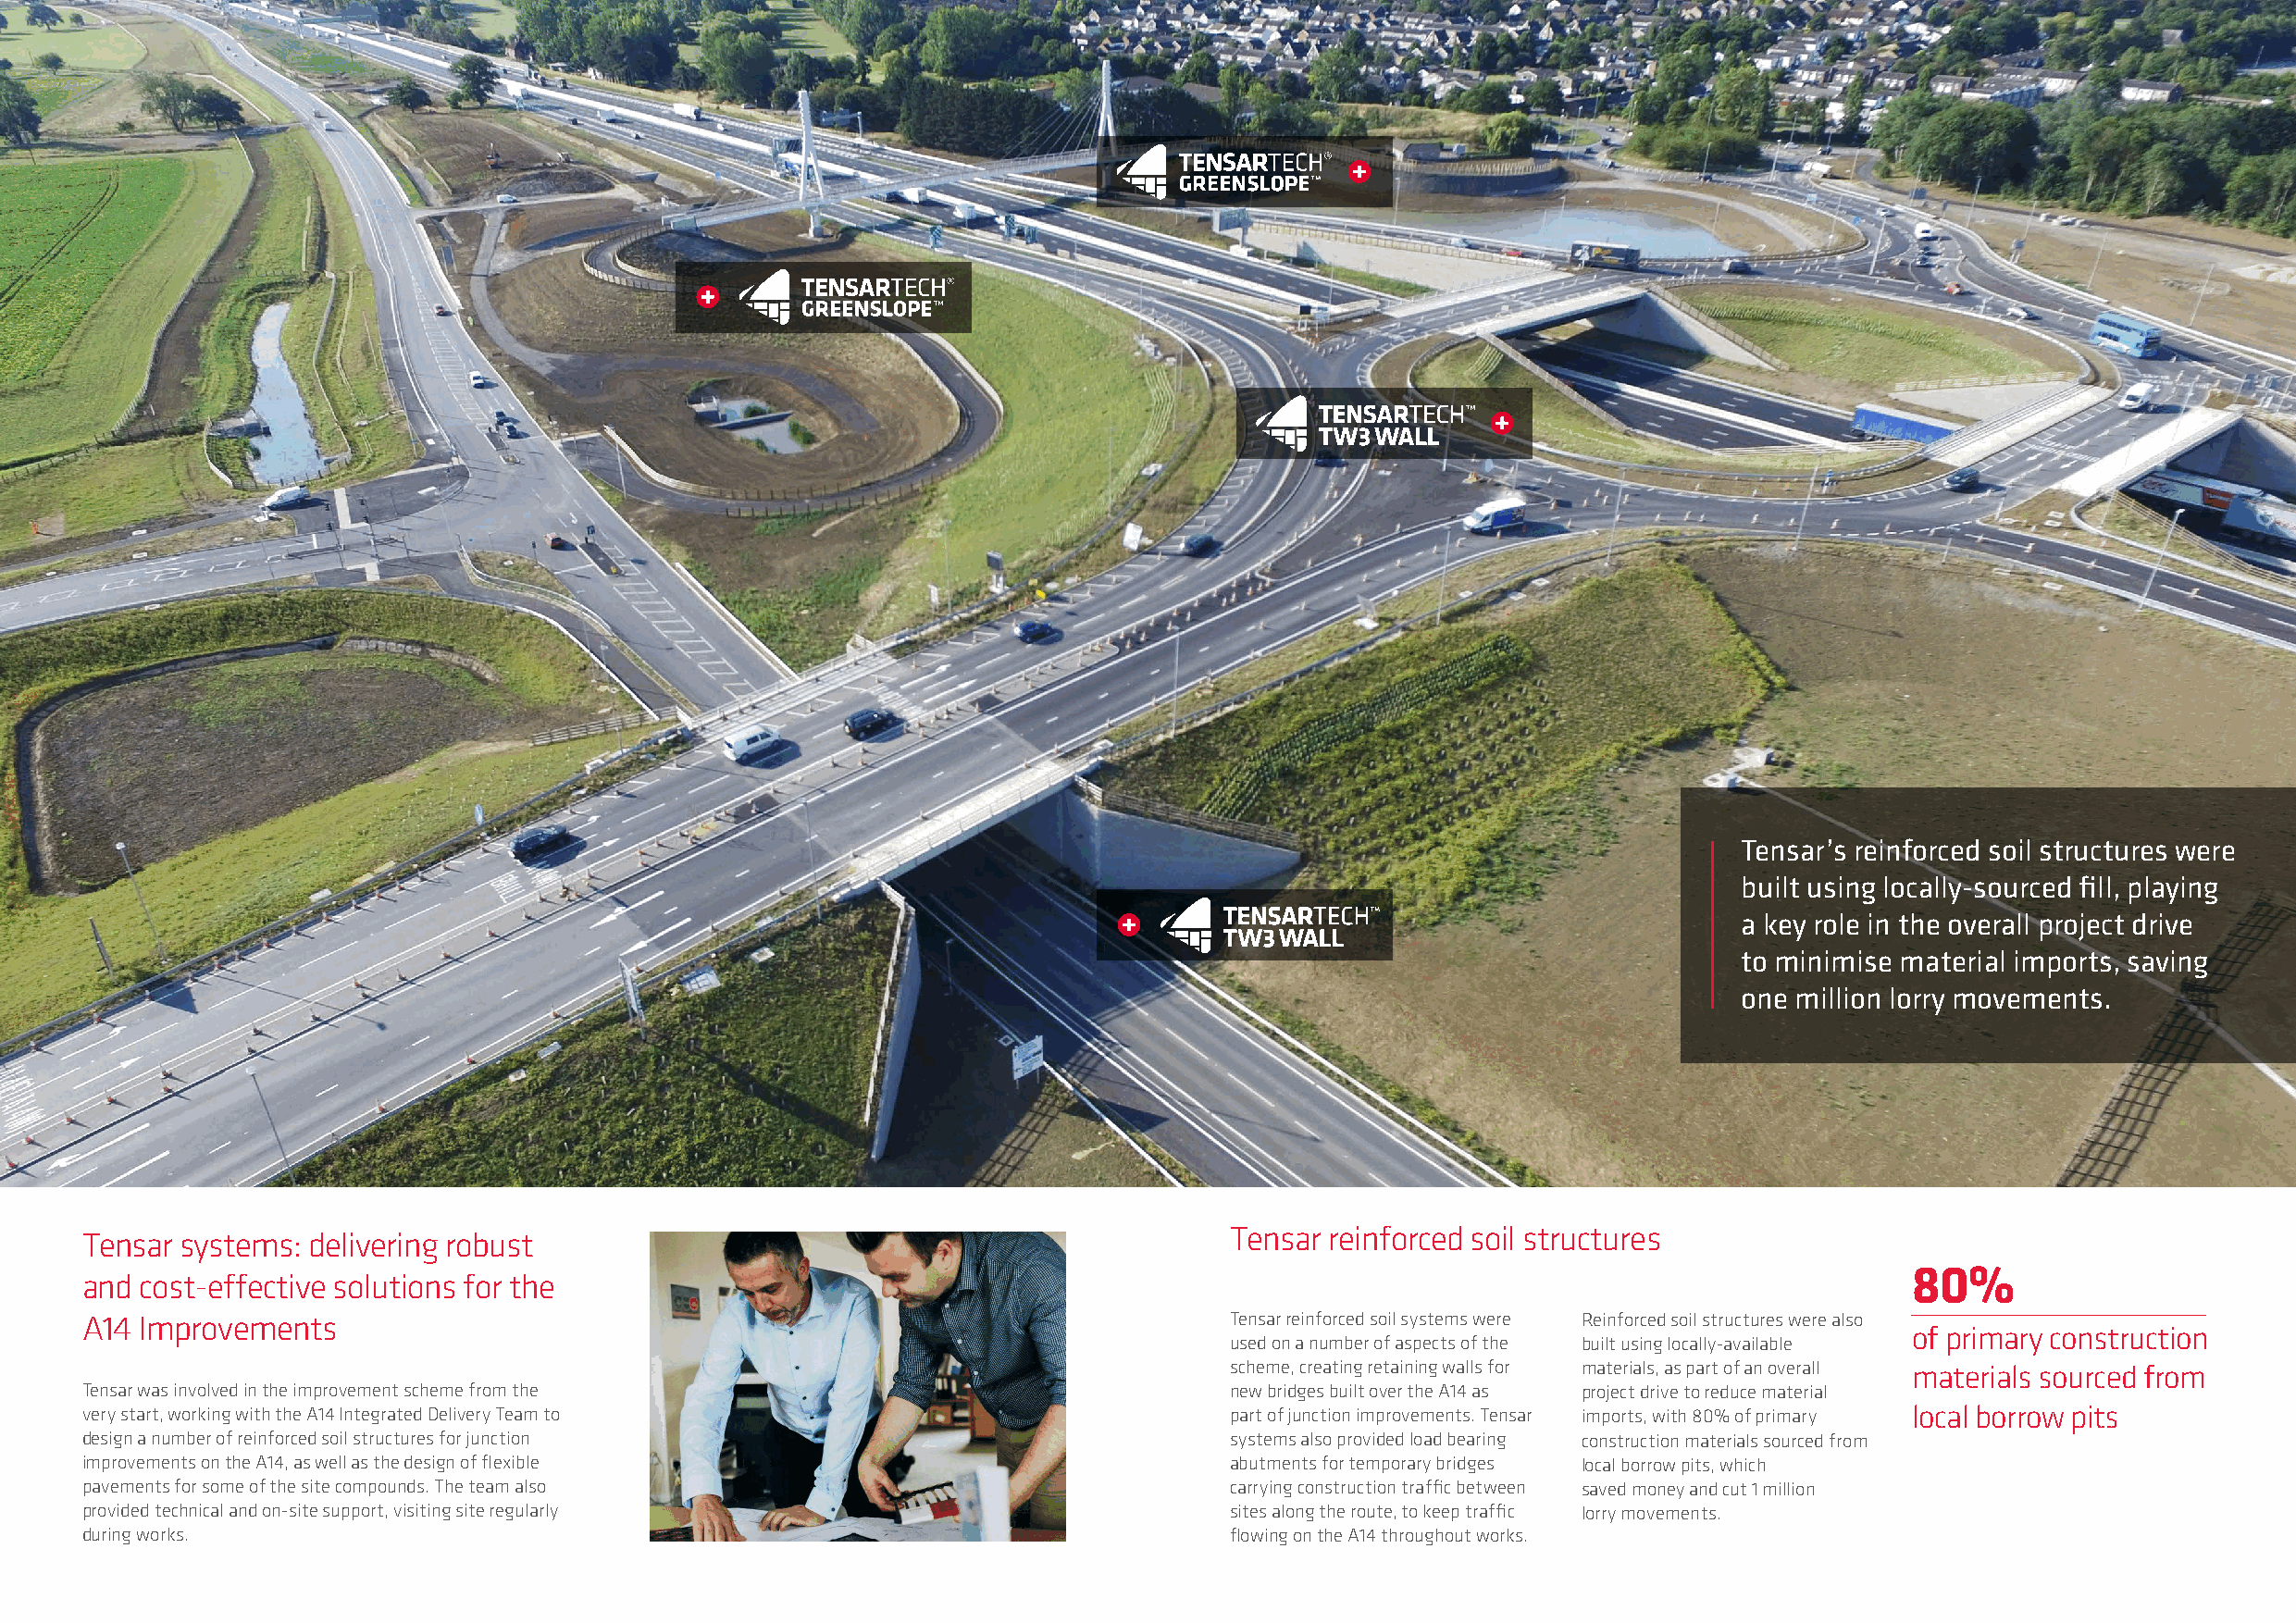
Tensar’s reinforced soil structures were
 built using locally-sourced fill, playing
 a key role in the overall project drive
 to minimise material imports, saving
 one million lorry movements.
 Tensar reinforced soil structures
 Tensar systems: delivering robust
 and cost-effective solutions for the                                                                                               80%
 A14 Improvements                                                                  Tensar reinforced soil systems were Reinforced soil structures were also
 of primary construction
 used on a number of aspects of the built using locally-available
 scheme, creating retaining walls for materials, as part of an overall materials sourced from
 Tensar was involved in the improvement scheme from the                            new bridges built over the A14 as project drive to reduce material
 very start, working with the A14 Integrated Delivery Team to                      part of junction improvements. Tensar imports, with 80% of primary local borrow pits
 design a number of reinforced soil structures for junction                        systems also provided load bearing construction materials sourced from
 improvements on the A14, as well as the design of flexible                        abutments for temporary bridges local borrow pits, which
 pavements for some of the site compounds. The team also                           carrying construction traffic between saved money and cut 1 million
 provided technical and on-site support, visiting site regularly                   sites along the route, to keep traffic lorry movements.
 during works.                                                                     flowing on the A14 throughout works.